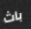
باث